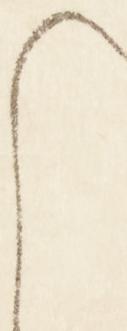
ら